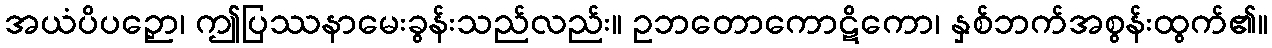
အယံပိပဉှော၊ ဤပြဿနာမေးခွန်းသည်လည်း။ ဥဘတောကောဋိကော၊ နှစ်ဘက်အစွန်းထွက်၏။